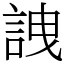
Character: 䛖